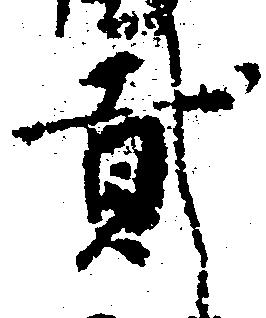
弐